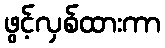
ဖွင့်လှစ်ထားကာ